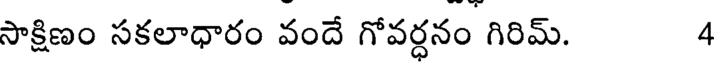
సాక్షిణం సకలాధారం వందే గోవర్ధనం గిరిమ్. 4